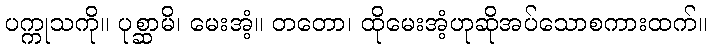
ပက္ကုသကို။ ပုစ္ဆာမိ၊ မေးအံ့။ တတော၊ ထိုမေးအံ့ဟုဆိုအပ်သောစကားထက်။